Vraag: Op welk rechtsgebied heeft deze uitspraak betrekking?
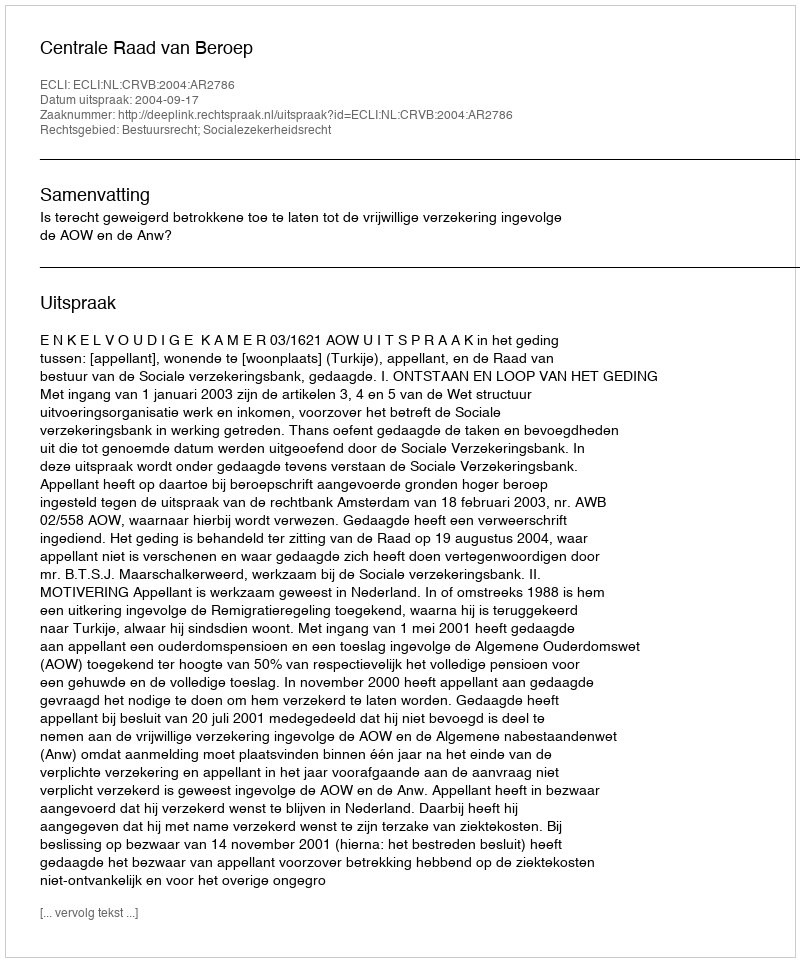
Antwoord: Bestuursrecht; Socialezekerheidsrecht